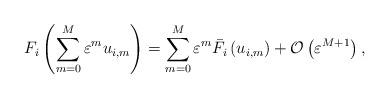
LaTeX: \begin{align*}F_{i}\left(\sum_{m=0}^{M}\varepsilon^{m}u_{i,m}\right)=\sum_{m=0}^{M}\varepsilon^{m}\bar{F}_{i}\left(u_{i,m}\right)+\mathcal{O}\left(\varepsilon^{M+1}\right),\end{align*}